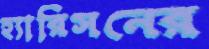
হ্যারিসনের